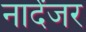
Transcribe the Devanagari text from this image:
नार्देंजर